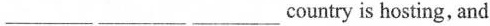
___ ___ ___country is hosting, and